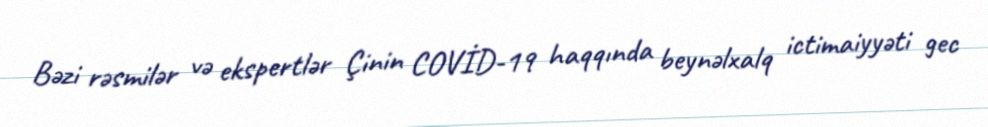
Bəzi rəsmilər və ekspertlər Çinin COVİD-19 haqqında beynəlxalq ictimaiyyəti gec